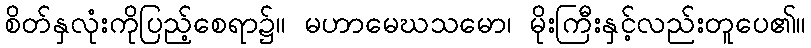
စိတ်နှလုံးကိုပြည့်စေရာ၌။ မဟာမေဃသမော၊ မိုးကြီးနှင့်လည်းတူပေ၏။